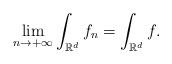
LaTeX: \begin{align*}\lim_{n \to +\infty} \int_{ \mathbb{R}^d} f_n=\int_{ \mathbb{R}^d} f.\end{align*}